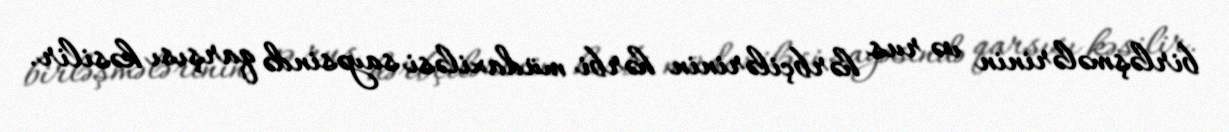
birləşmələrinin və rus hərbçilərinin hərbi müdaxiləsi sayəsində qarşısı kəsilir.